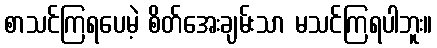
စာသင်ကြရပေမဲ့ စိတ်အေးချမ်းသာ မသင်ကြရပါဘူး။